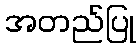
အတည်ပြု